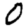
Digit: 0